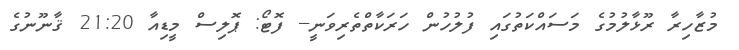
މުޒާހިރާ ރޫޅާލުމުގެ މަސައްކަތުގައި ފުލުހުން ހަރަކާތްތެރިވަނީ-- ފޮޓޯ: ޕޮލިސް މީޑިއާ 21:20 ޤާނޫނުގެ